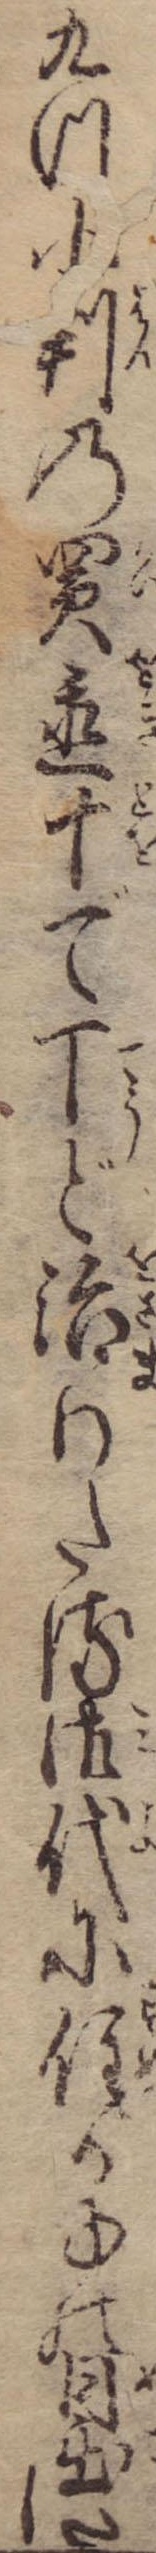
九つ小判の買置十で丁ど治りたる御代に住る事の目出たし